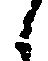
候